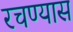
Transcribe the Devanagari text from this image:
रचण्यास